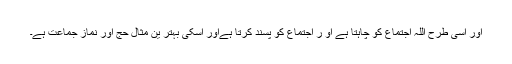
اور اسی طرح اللہ اجتماع کو چاہتا ہے او ر اجتماع کو پسند کرتا ہےاور اسکی بہتر ین مثال حج اور نماز جماعت ہے۔